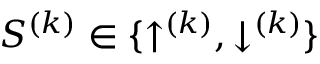
{ S ^ { ( k ) } \in \{ \uparrow ^ { ( k ) } , \downarrow ^ { ( k ) } \} }